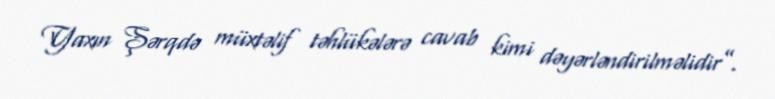
Yaxın Şərqdə müxtəlif təhlükələrə cavab kimi dəyərləndirilməlidir”.